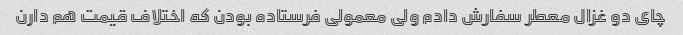
چای دو غزال معطر سفارش دادم ولی معمولی فرستاده بودن که اختلاف قیمت هم دارن